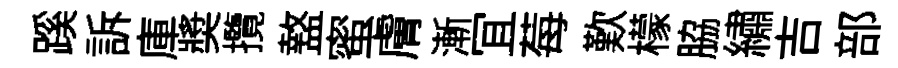
蹊訴庫奬攬盩蜜膚漸冝莓歎檬脇繡吉部